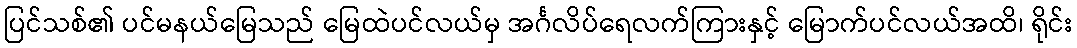
ပြင်သစ်၏ ပင်မနယ်မြေသည် မြေထဲပင်လယ်မှ အင်္ဂလိပ်ရေလက်ကြားနှင့် မြောက်ပင်လယ်အထိ၊ ရိုင်း